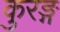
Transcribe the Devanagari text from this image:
कुरङ्ग